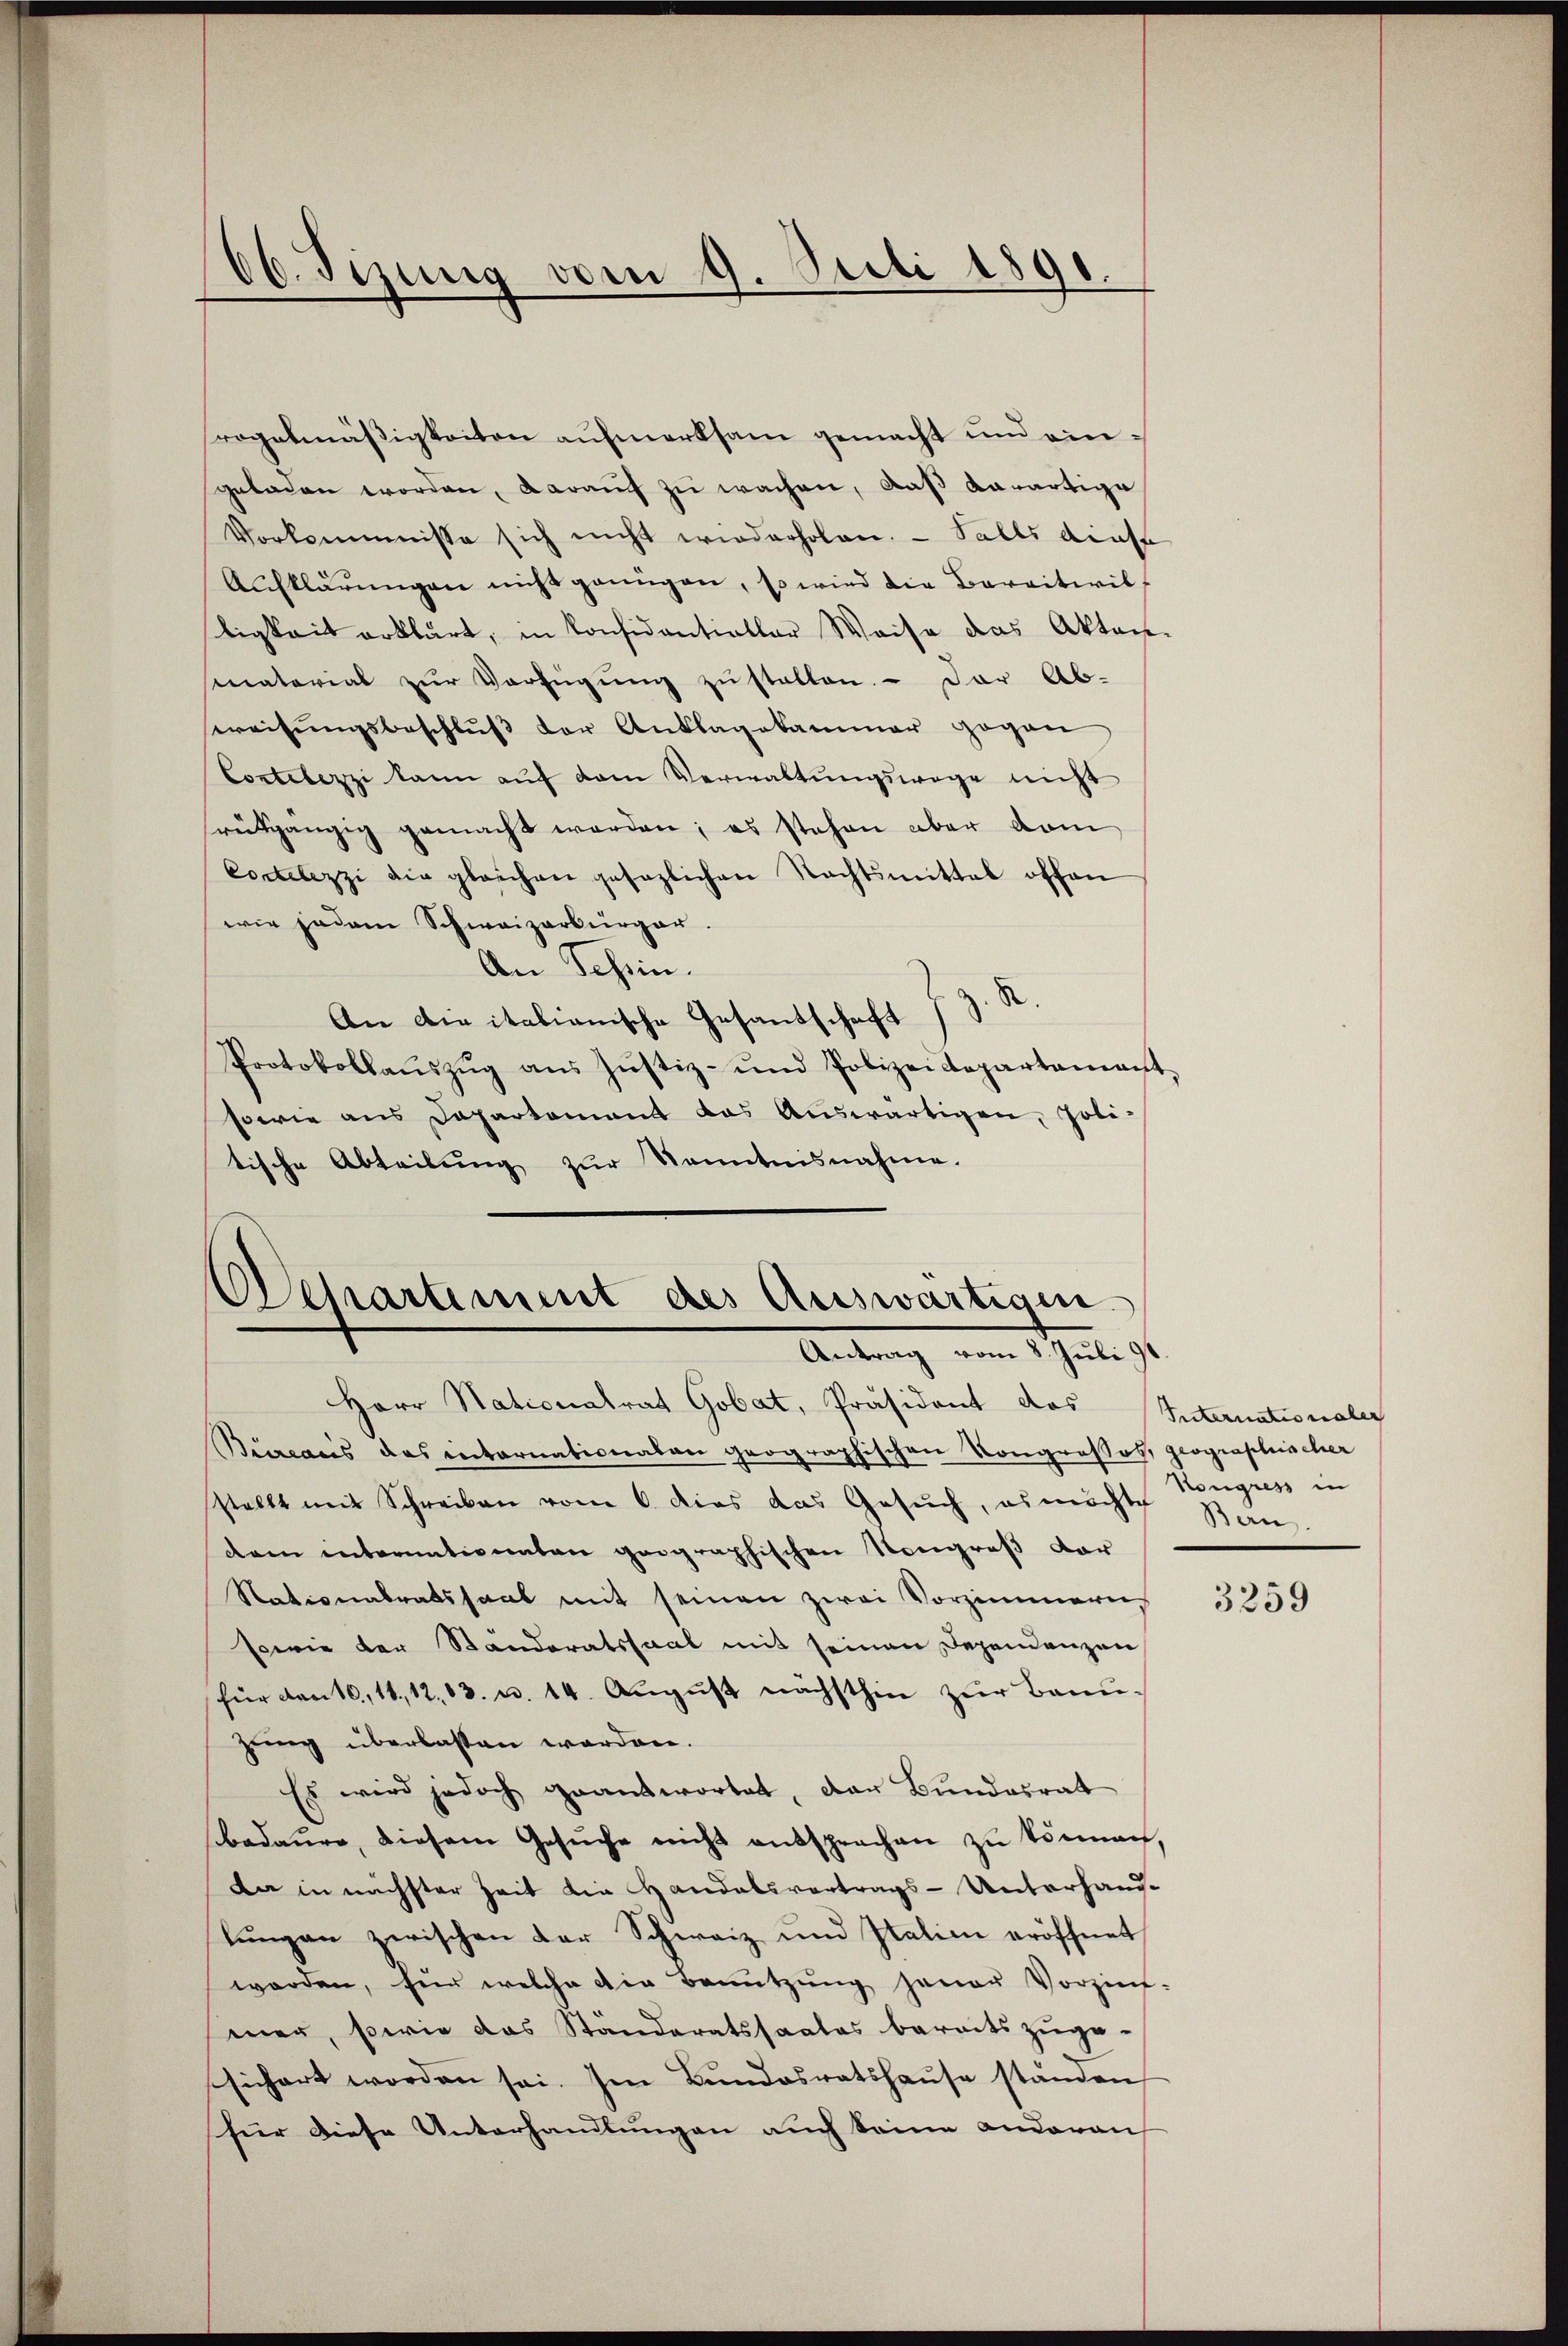
66. Fizung vom 9. Suli 1891.

regelmäßigkeiten aufmerksam gemacht und eingeladen worden, darauf zu wachen, daß Karartige
Vorkommnisse sich nicht wiederholen. - Falls diese
Aufklärŭngen nicht genügen, so wird die Bareitwil
tigkeit erklärt, in Considentialler Weise das Akten-
smaterial zŭr Verfügŭng zŭ stellen. - Der Ab-
eweisŭngsbeschlŭβ der Anklagekammer gegen
Contelezzi kann auf dem Verwaltungswege nicht
rütgängig gemacht werden; es stehen aber dam
Cortelezzi die gleichen gesezlichen Nachtsmittel offen
wie jedem Schweizerbürger.
An Schein.
An die italianische Gesandschaft 13. B
Protokollaŭszŭg aŭs Jŭstiz- und Polizeidepartament-
sowie aus Departement das Aŭswärtigen, Poli-
tische Abteilung zur Kenntnisnahme.

Departement des Auswärtigen.
Antrag vom 8. Juli st

Herr Nationalrat Gobat, Präsident das Internationaler
Bureacis das internationaten geographischen Kongrosses, geographischer
stellt mit Schreiben vom 6. dies das Gesŭch, es möchte Ban
dem internationaten geographischen Neugroß dar
Stationalratssaat mit seinen zwei Vorzimmern
sowie der Standoratssaal mit seinen Dependenzen
für den 16, 11, 12. 13. u. 14. August nächsthin zur Bann-
zung überlassen worden.
Es wird jedoch geantwortet, das Bundesrat
bedaure, diesem Gesŭche nicht entsprechen zu können,
Da in nächster Zeit die Handelsvertrags-Unterhandlungen zwischen der Schweiz und Italien eröffnet
worden, für welche die Benutzung jener Vorzins-
mer, sowie das Ständeratssaales bereits zuge-
sichert worden sei. Im Bŭndesratshaŭse ständen
für diese Unterhandlungen auch seine anderen

Kongress in

3259